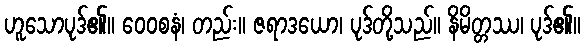
ဟူသောပုဒ်၏။ ဝေဝစနံ၊ တည်း။ ဇရာဒယော၊ ပုဒ်တို့သည်။ နိမိတ္တဿ၊ ပုဒ်၏။